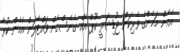
އެމެން މަމެންގެ ވެރިކަން ޖުޑިޝަރީ ކޫޕް އެއް ގެނެސްގެން ވައްޓާލަން އެމެން ކުރާ